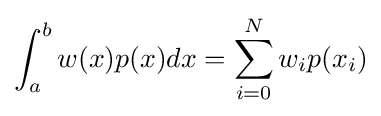
\int _{a}^{b}w(x)p(x)dx=\sum _{i=0}^{N}w_{i}p(x_{i})